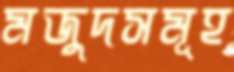
মজুদসমূহ